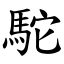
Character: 駝